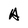
Character: A